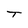
Character: T